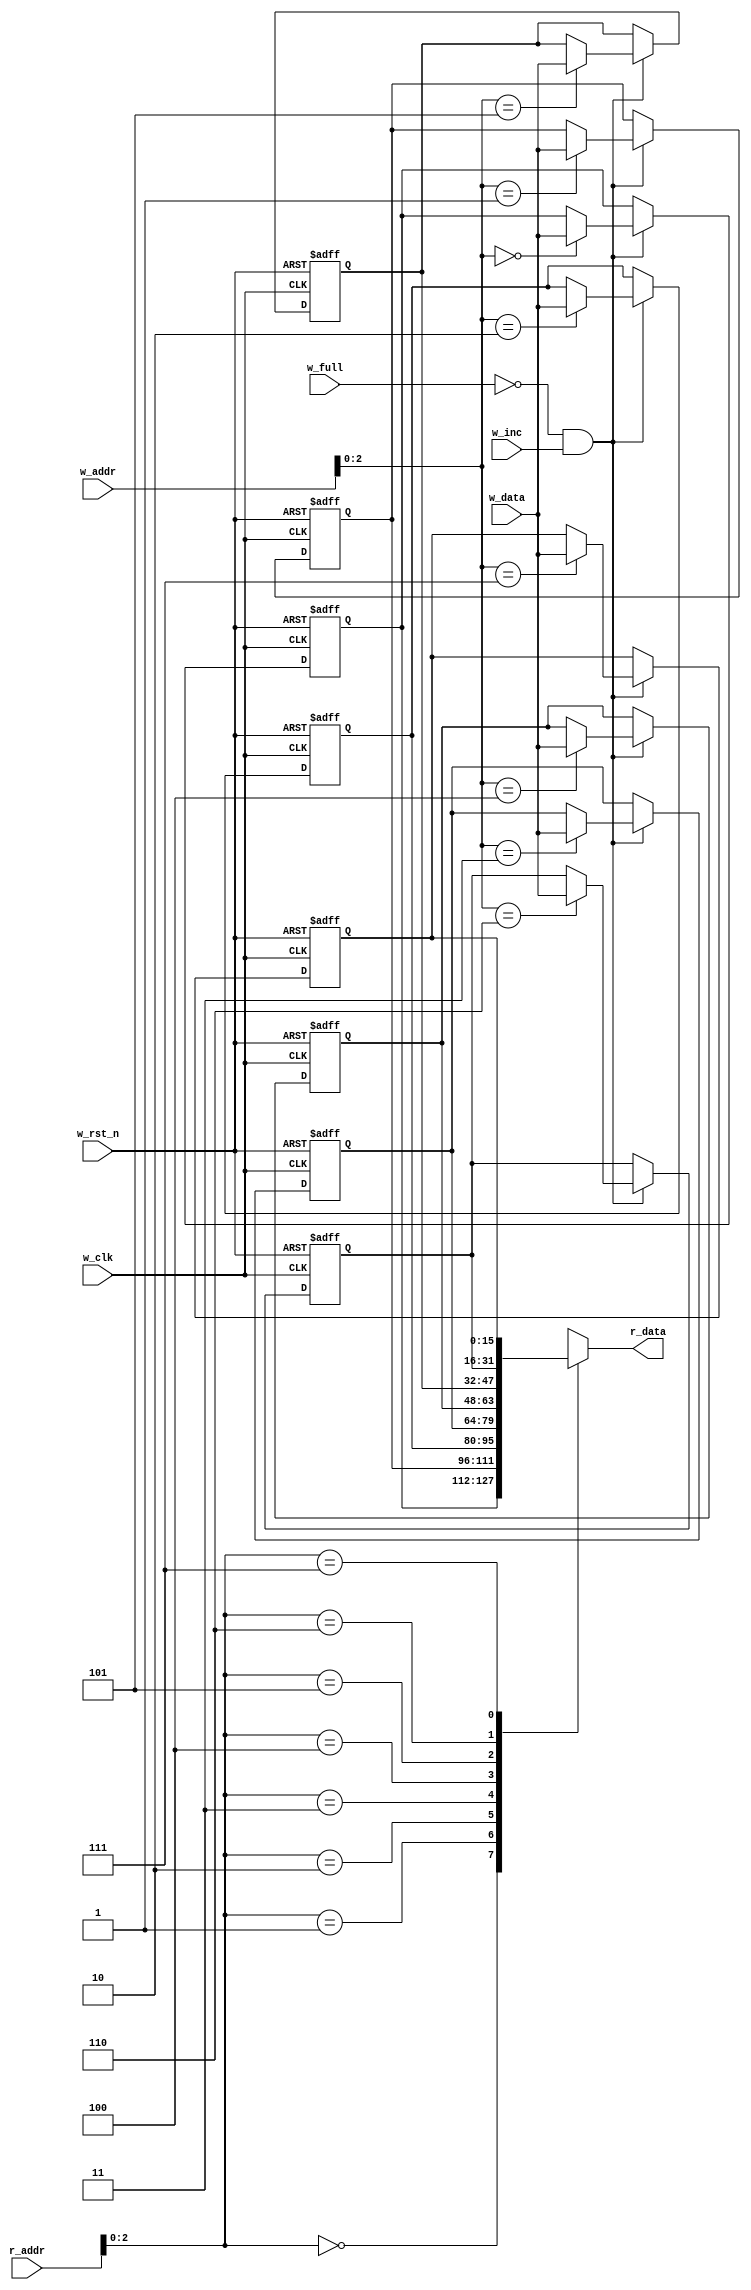
module FIFO_memory #(
    // Parameters
    parameter DATA_WIDTH = 16,
    parameter DEPTH = 8, 
    parameter P_WIDTH = 4 
)(
    // I/O Ports
    input  wire w_clk,
    input  wire w_rst_n,
    input  wire w_inc,
    input  wire w_full,
    input  wire [DATA_WIDTH - 1 : 0] w_data,
    input  wire [P_WIDTH    - 1 : 0] w_addr,
    input  wire [P_WIDTH    - 1 : 0] r_addr,
    output reg  [DATA_WIDTH - 1 : 0] r_data 
);

// FIFO Memory
reg [DATA_WIDTH - 1 : 0] memory [DEPTH - 1 : 0];

// Integer i --> for loop
integer i;

// Writing the Data
always @(posedge w_clk or negedge w_rst_n) begin
    if(!w_rst_n) begin
        for(i = 0 ; i < DEPTH ; i = i + 1) begin
            memory[i] <= 'b0;
        end
    end
    // Check that the FIFO is not Full
    else if(!w_full && w_inc) begin
        memory[w_addr] <= w_data;
    end
end

// Reading the Data
always @(*) begin
    r_data = memory[r_addr];
end

endmodule